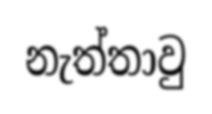
නැත්තාවු